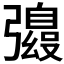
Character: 𫹀